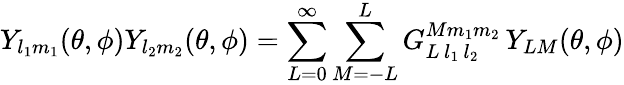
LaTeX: Y_{l_{1}m_{1}}(\theta,\phi)Y_{l_{2}m_{2}}(\theta,\phi)=\sum_{L=0}^{\infty}\sum_{M=-L}^{L}G_{L\, l_{1}\, l_{2}}^{Mm_{1}m_{2}}\, Y_{LM}(\theta,\phi)